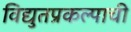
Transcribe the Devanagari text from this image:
विद्युतप्रकल्पाची